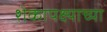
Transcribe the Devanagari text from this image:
शेकापक्ष्याच्या